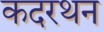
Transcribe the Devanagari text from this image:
कदरथन